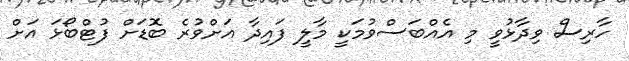
ހާރިސް ވިދާޅުވީ މި އެއްބަސްވުމަކީ މާލީ ފައިދާ އަށްވުރެ ބޮޑަށް ފުޓްބޯޅަ އަށް